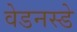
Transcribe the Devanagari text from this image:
वेडनस्डे